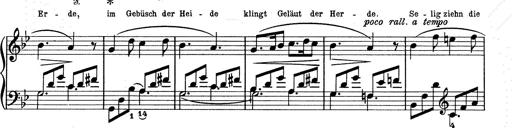
Title: 6 Polish Songs
Composer: Franz Liszt